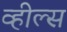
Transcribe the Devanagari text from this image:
व्‍हील्‍स